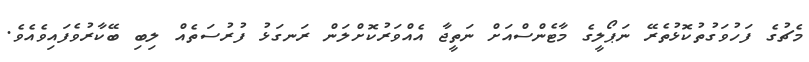
މެޗުގެ ފަހުވަގުތުކޮޅުތެރޭ ނަޕޯލީގެ މާޓެންސްއަށް ނަތީޖާ އެއްވަރުކޮށްލަން ރަނގަޅު ފުރުސަތެއް ލިބި ބޭކާރުވެފައިވެއެވެ.